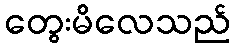
တွေးမိလေသည်